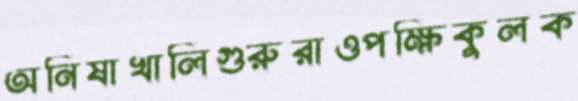
অনিষাখালিগুরুরাওপক্ষিকুলক